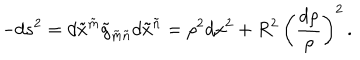
LaTeX: - d s ^ { 2 } = d \tilde { x } ^ { \tilde { m } } \tilde { g } _ { \tilde { m } \tilde { n } } d \tilde { x } ^ { \tilde { n } } = \rho ^ { 2 } d x ^ { 2 } + R ^ { 2 } \, \left( \frac { d \rho } \rho \right) ^ { 2 } \, .